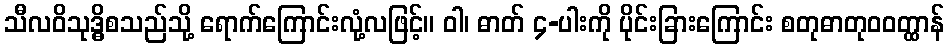
သီလဝိသုဒ္ဓိစသည်သို့ ရောက်ကြောင်းလုံ့လဖြင့်။ ဝါ၊ ဓာတ် ၄-ပါးကို ပိုင်းခြားကြောင်း စတုဓာတုဝဝတ္ထာန်